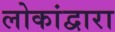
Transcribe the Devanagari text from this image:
लोकांद्वारा